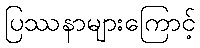
ပြဿနာများကြောင့်